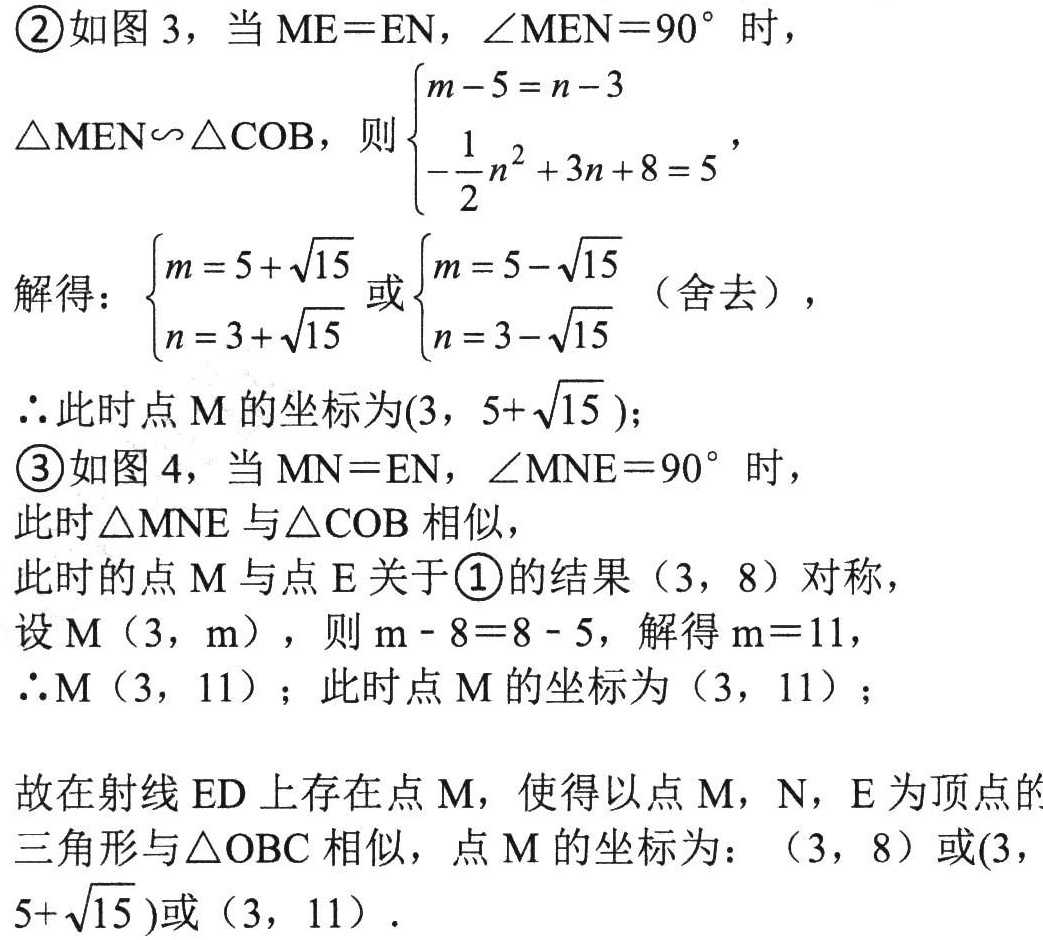
\textcircled{2}如图 3，当 \(ME = EN\)，\(\angle MEN = 90^{\circ}\) 时，
\(\triangle MEN\backsim\triangle COB\)，则 \(\begin{cases}m - 5 = n - 3\\-\dfrac{1}{2}n^{2}+3n + 8 = 5\end{cases}\)，
解得：\(\begin{cases}m = 5+\sqrt{15}\\n = 3+\sqrt{15}\end{cases}\) 或 \(\begin{cases}m = 5-\sqrt{15}\\n = 3-\sqrt{15}\end{cases}\)（舍去），
\(\therefore\)此时点 \(M\) 的坐标为\((3,5 + \sqrt{15})\)；
\textcircled{3}如图 4，当 \(MN = EN\)，\(\angle MNE = 90^{\circ}\) 时，
此时 \(\triangle MNE\) 与 \(\triangle COB\) 相似，
此时的点 \(M\) 与点 \(E\) 关于\textcircled{1}的结果 \((3,8)\) 对称，
设 \(M(3,m)\)，则 \(m - 8 = 8 - 5\)，解得 \(m = 11\)，
\(\therefore M(3,11)\)；此时点 \(M\) 的坐标为 \((3,11)\)；
故在射线 \(ED\) 上存在点 \(M\)，使得以点 \(M\)，\(N\)，\(E\) 为顶点的三角形与 \(\triangle OBC\) 相似，点 \(M\) 的坐标为：\((3,8)\) 或\((3,5+\sqrt{15})\)或 \((3,11)\)．